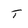
Character: T